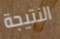
النتيجة